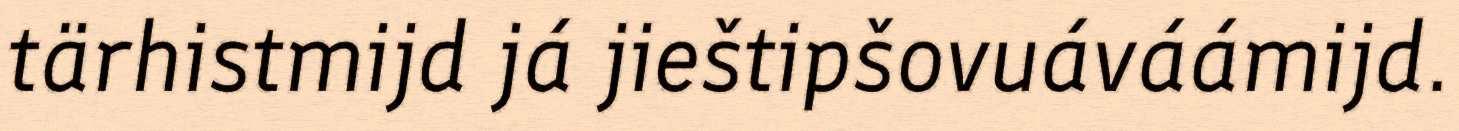
tärhistmijd já jieštipšovuáváámijd.